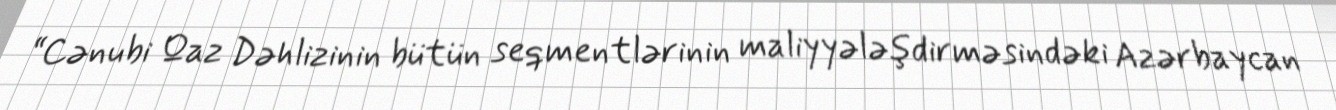
“Cənubi Qaz Dəhlizinin bütün seqmentlərinin maliyyələşdirməsindəki Azərbaycan